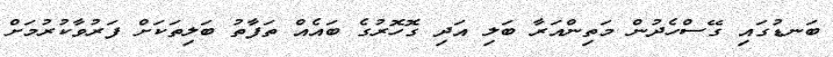
ބަނޑުގައި ގޭސްހެދުން މަތިންއަރާ ބަލި އަދި ގޮހޮރުގެ ބައެއް ތަފާތު ބަލިތަކަށް ފަރުވާކުރުމަށް